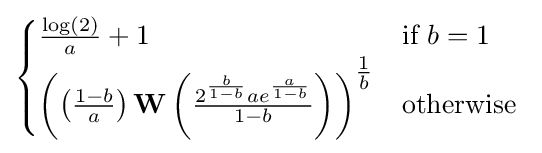
{\begin{cases}{\frac {\log(2)}{a}}+1&{\text{if}}\ b=1\\\left(\left({\frac {1-b}{a}}\right)\mathbf {W} \left({\frac {2^{\frac {b}{1-b}}ae^{\frac {a}{1-b}}}{1-b}}\right)\right)^{\tfrac {1}{b}}&{\text{otherwise}}\ \end{cases}}